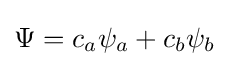
\Psi =c_{a}\psi _{a}+c_{b}\psi _{b}